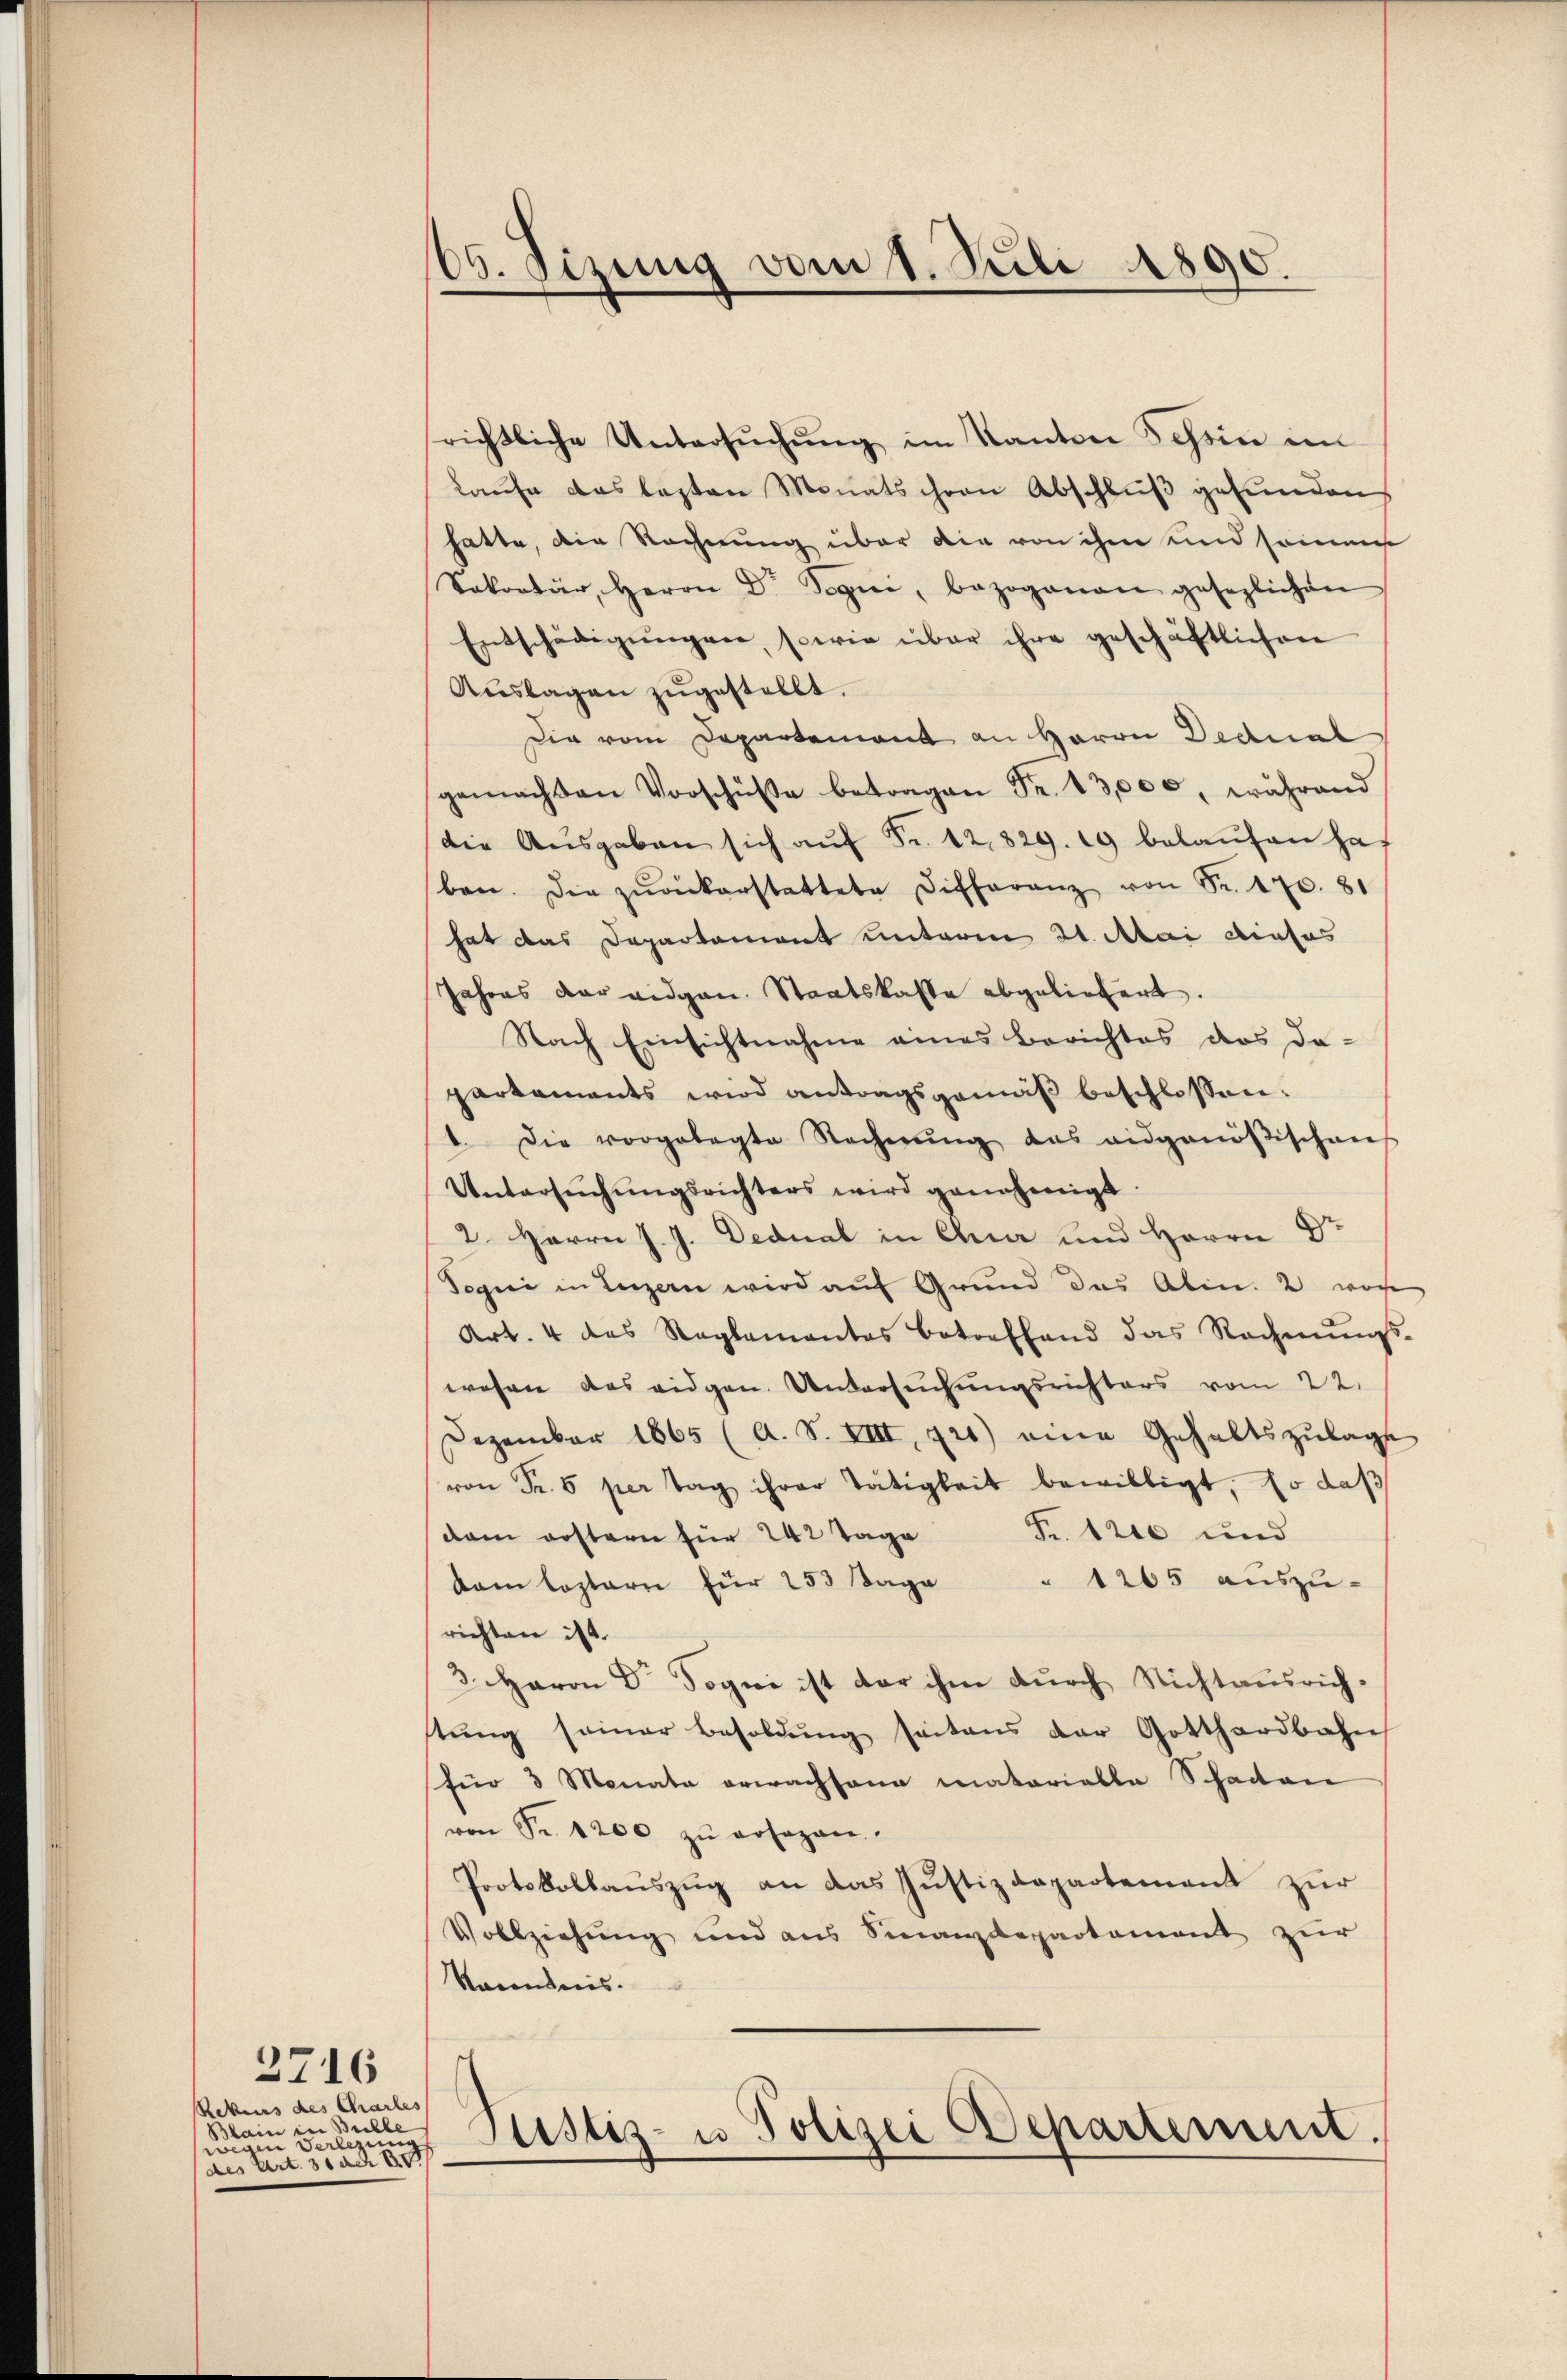
Rekurs des Charles
Blain in Bubbe
wegen Verlegung
des Art. 31 ach d

2716

richtliche Untersŭchŭng im Kanton Schein im
Laufe das lezten Monats ihren Abschluß gefunden
hatte, die Rechnung über die von ihm und seinen
Sekretär, Herrn Dr. Segni, bezogenen gesezlichen
Entschädigŭngen, sowie über ihre geschäftlichen
Aŭslagen zŭgestellt.
Die vom Departemont an Herrn Dedual
gemachten Vorschüße betragen Fr. 13,000, während
die Aŭsgaben sich aŭf Fr. 12829. 19 belaŭfen haf
ben. Die zŭrückerstattete Differanz von Fr. 170. 81
hat das Departement unterm 21. Mai dieses
Jahres der eidgen. Staatskasse abgeliefert.
Nach Einsichtnahme eines Berichtes das da-
partements wird antragsgemäß beschlossen:
1. Die vorgelegte Rechnŭng des eidgenößischen
Untersŭchŭngsrichters wird genehmigt.
2. Herrn J. J. Dedual in Ana und Herrn Dr
Sogni in Luzern wird auf Grund das Abin. 2, wor
Art. 4 des Raglamantas betreffend das Rechnŭngs-
wesen das eidgen. Untersuchungsrichters vom 22.
Dezember 1865 (A. S. XIII, 220) eine Gehaltszŭlage
von Fr. 6 per Tag ihrer Tätigkeit bewilligt, so daß
Fr. 1200 und
dam erstern für 242 Tage
kam leztern für 253 Tage " 1205 auszu-
richten ist.
3. Haron Dr. Sogni ist der ihm durch Nichtausrichstŭng seiner Besoldŭng seitens der Gotthardbahn
für 3 Monate erwachsana matorialle Schaden
von Fr. 1200 zŭ rosagen.
Protokollauszug an das Justizdepartement zur
Vollziehung und aus Sinanzdepartement zur
Kaendnis.

66. Sizung vom 1. Juli 1890.

Justiz- u Polizei Departement.